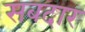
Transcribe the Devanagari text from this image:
सबदार